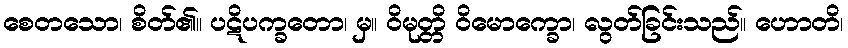
စေတသော၊ စိတ်၏။ ပဋိပက္ခတော၊ မှ။ ဝိမုတ္တိ ဝိမောက္ခော၊ လွတ်ခြင်းသည်။ ဟောတိ၊